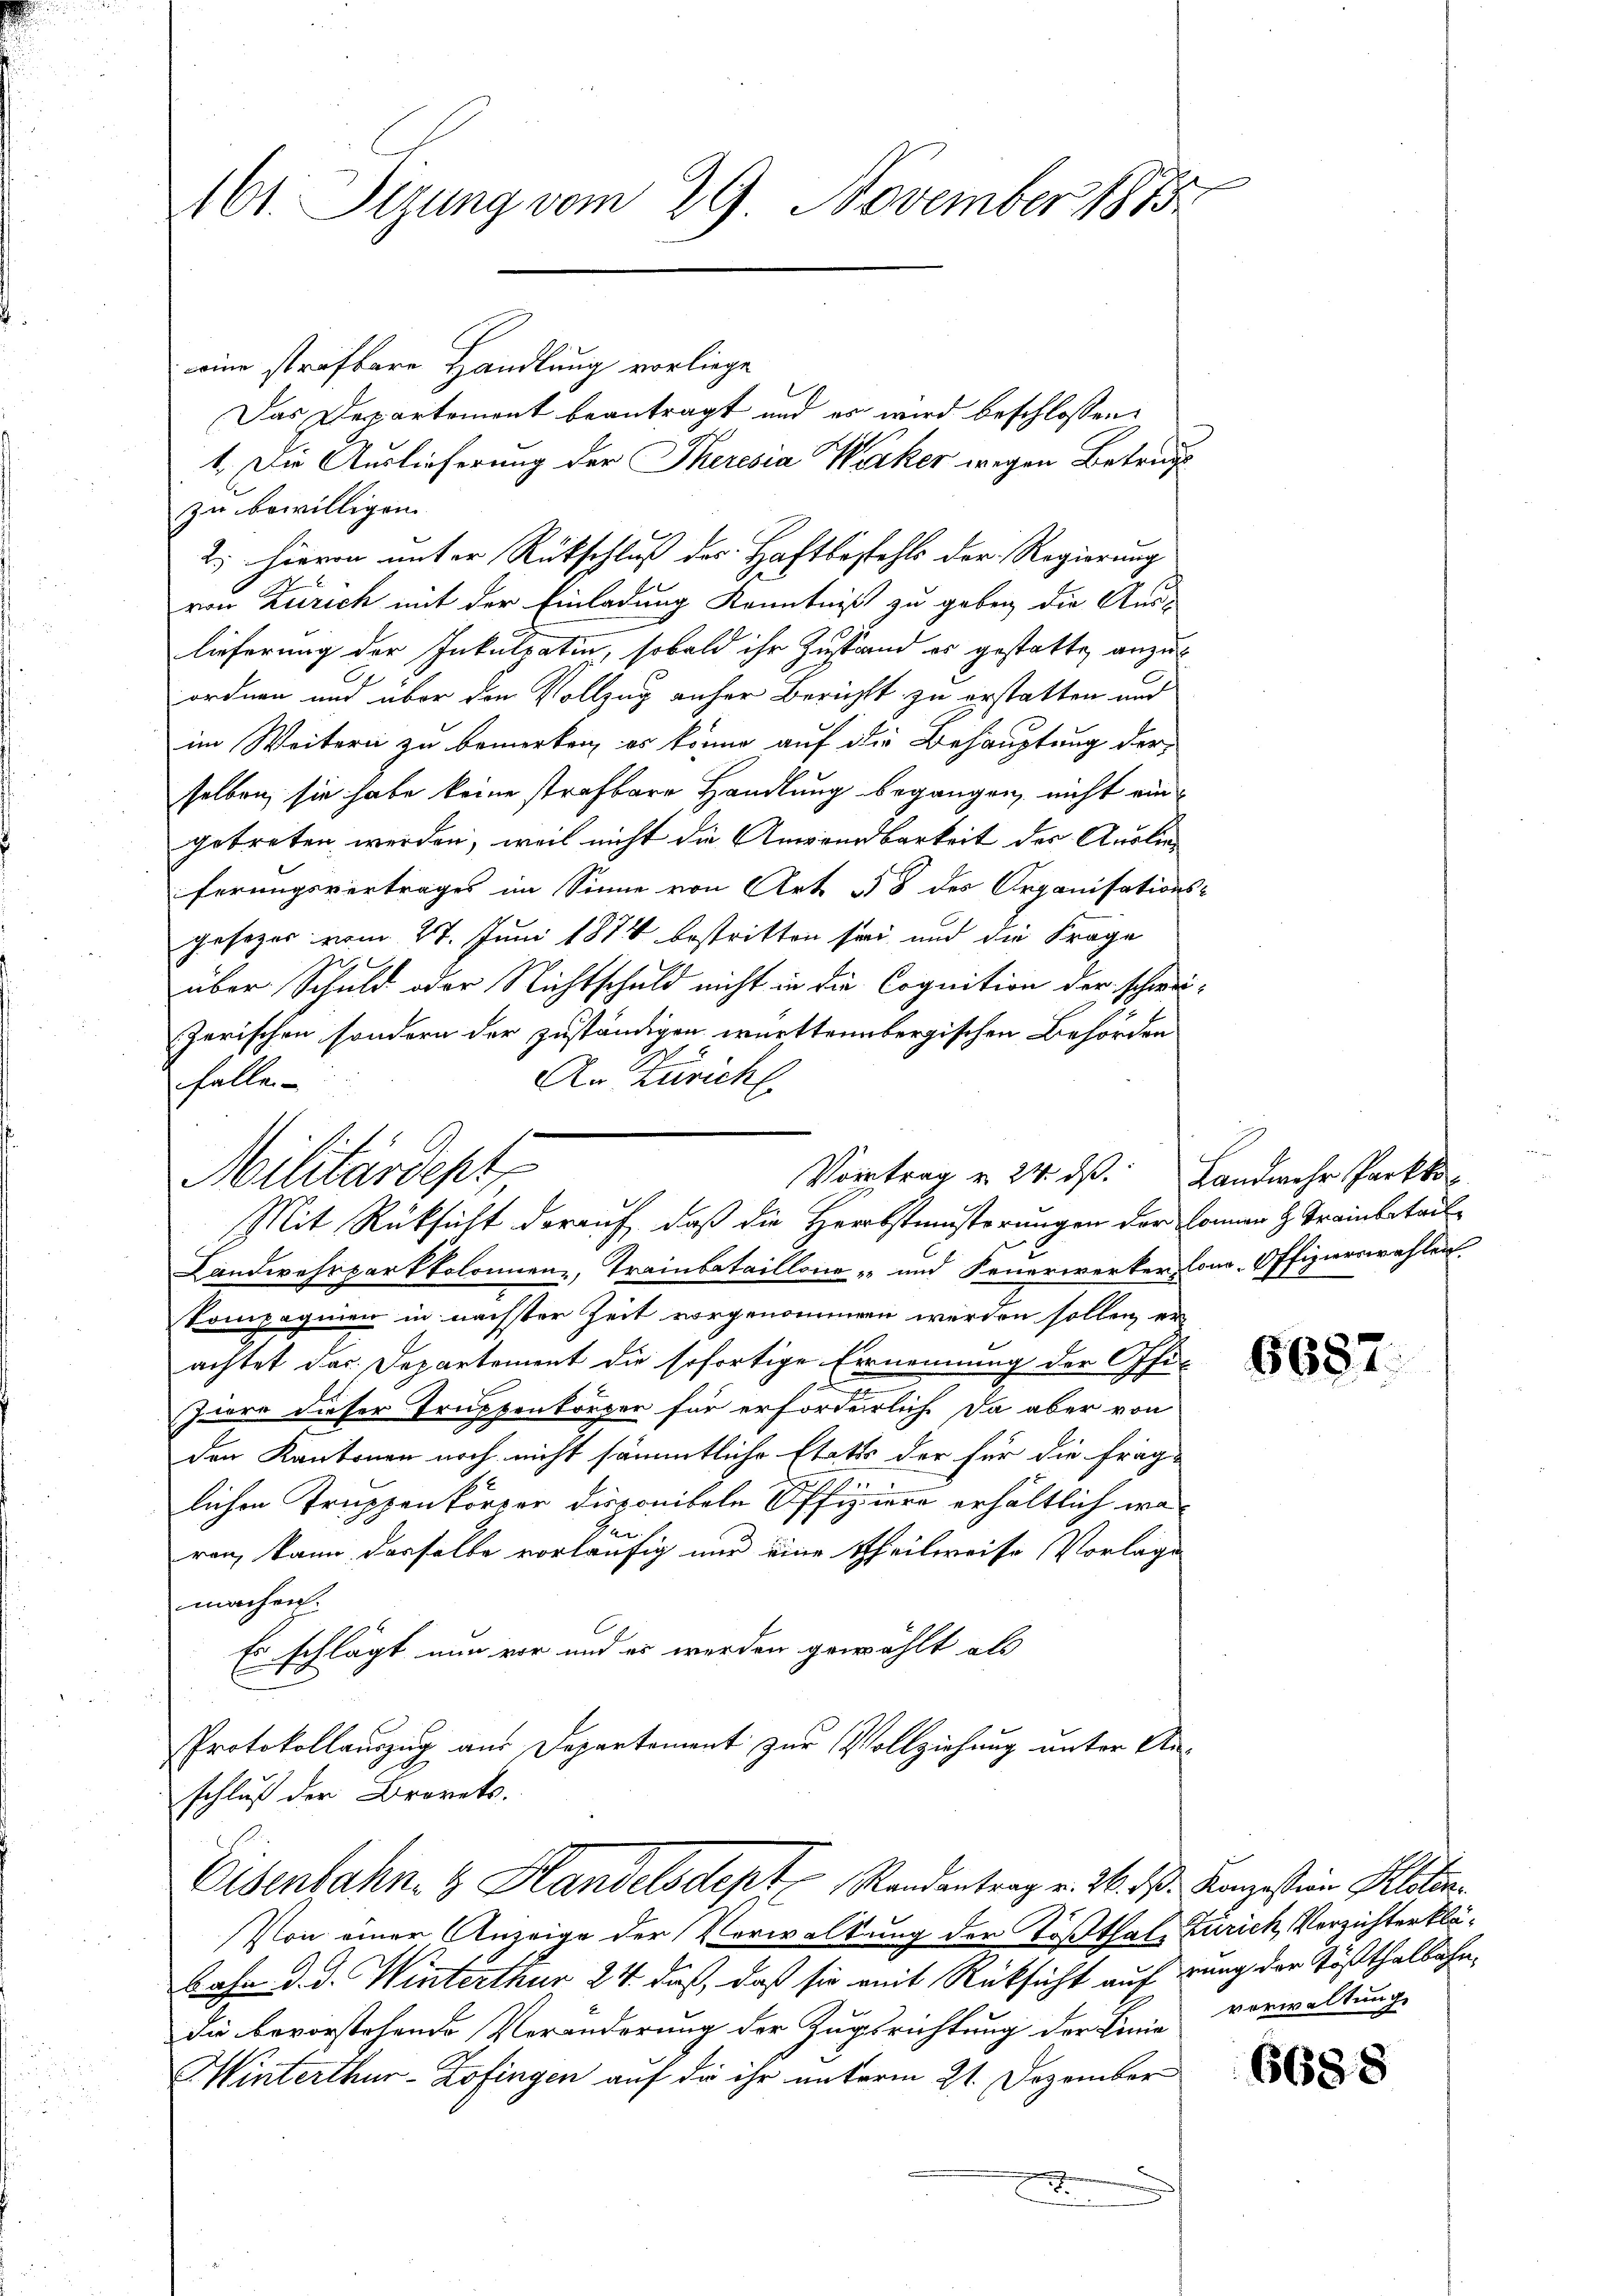
e
161. Sizung vom 29. November 1873.

eine strafbare Handlung vorliege
Das Departement beantragt und es wird beschlossen:
1. Die Auslieferung der Theresia Werker wegen Betruge
zu bewilligen.
2. Hievon unter Rückschluß des Haftbestehls der Regierung
von Zürich mit der Einladung Kenntniß zu geben die Aus-
lieferung der Inkulpatin, sobald ihr Zustand es gestatte anzuordnen und über den Vollzug anher Bericht zu erstatten und
im Weitern zu bemerken, es könne auf die Behauptung der
selben, sie habe keine strafbare Handlung begangen, nicht eingetreten werden, weil nicht die Anwendbarkeit der Auslieferungsvertrages im Sinne von Art § 8 des Organisations-
gesezes vom 27. Juni 1874 bestritten sei und die Frage
über Schuld oder Nichtschuld nicht in die Cognition der schweizerischen sondern der zuständigen württembergischen Behörden
An Zürich
halle
Landwehrparkfolonienz, Trainbataillone und Feuerwerker Conn. Offizierswahlen
kompagnien in nächster Zeit vorgenommen werden sollen, er
achtet das Departement die sofortige Eernennung der Offi-
e
pre dieser Truppenkörper für erforderlich da aber von
den Kantonen noch nicht sämmtliche Etats der für die fräg-

lichen Truppenkörper disponibeln Offiziere erhältlich wa
de
ren, kann dasselbe vorläufig nur eine Theilweise Vorlage
machen.
Es schlägt nun vor und es werden gewählt als
Protokollauszug aus Departement zur Vollziehung unter Anschluß der Brarets.
Eisenbahn- & Handelsdept Randentrag v. 26. ds. Kanzestein Kloten
Von einer Anzeige der Verwaltung der Tößthal, Zürich, Verzichter klä¬
Bahn d. d. Winterthur 24. daß, daß sie mit Rücksicht auf rung der Tößthalbahndie bevorstehende Veränderung der Zugsrichtung der Linie
Hinterthur–Zofingen auf die ihr unterm 21. Dezember

Militärdept
Vortrag u. 24. ds. Landmehr Parkto
Mit Rüksicht darauf, daß die Herbstenstörungen der Connen H. Trainbeteil

.

6687.

verwaltung

6688